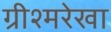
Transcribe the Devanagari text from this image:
ग्रीश्मरेखा